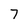
Character: 7